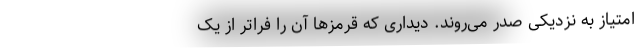
امتیاز به نزدیکی صدر می‌روند. دیداری که قرمزها آن را فراتر از یک